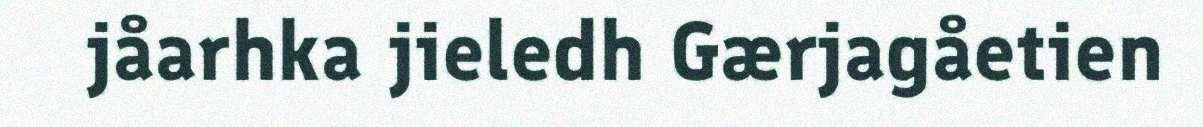
jåarhka jieledh Gærjagåetien